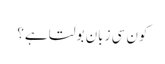
کون سی زبان بولتا ہے؟